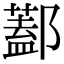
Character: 𨞨